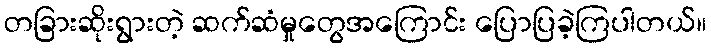
တခြားဆိုးရွားတဲ့ ဆက်ဆံမှုတွေအကြောင်း ပြောပြခဲ့ကြပါတယ်။